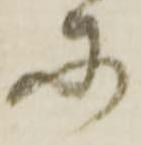
に